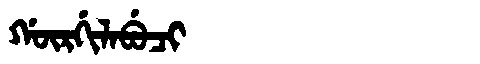
Manchu: ᡤᡡᡵᡤᡳᠯᠠᠪᡠᠴᡳ
Romanization: GŪRGILABUCI